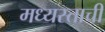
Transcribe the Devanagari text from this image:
मध्यस्ताची